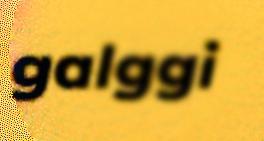
galggi